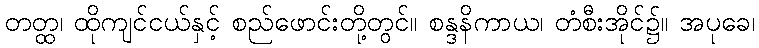
တတ္ထ၊ ထိုကျင်ငယ်နှင့် စည်ဖောင်းတို့တွင်။ စန္ဒနိကာယ၊ တံစီးအိုင်၌။ အပုခေ၊